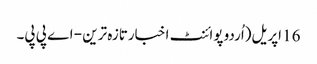
16 اپریل(اُردو پوائنٹ اخبارتازہ ترین - اے پی پی۔